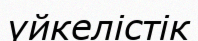
үйкелістік